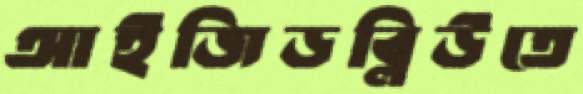
আইজিডব্লিউতে